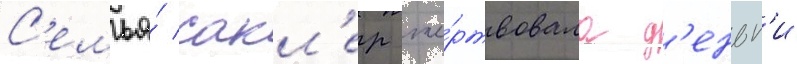
С'емья́ сакл'ер же́ртвовала д'еньг'и